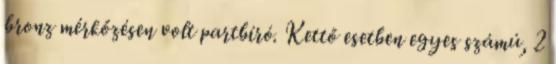
bronz mérkőzésen volt partbíró. Kettő esetben egyes számú, 2